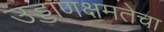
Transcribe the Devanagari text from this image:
उड्डाणक्षमतेचा